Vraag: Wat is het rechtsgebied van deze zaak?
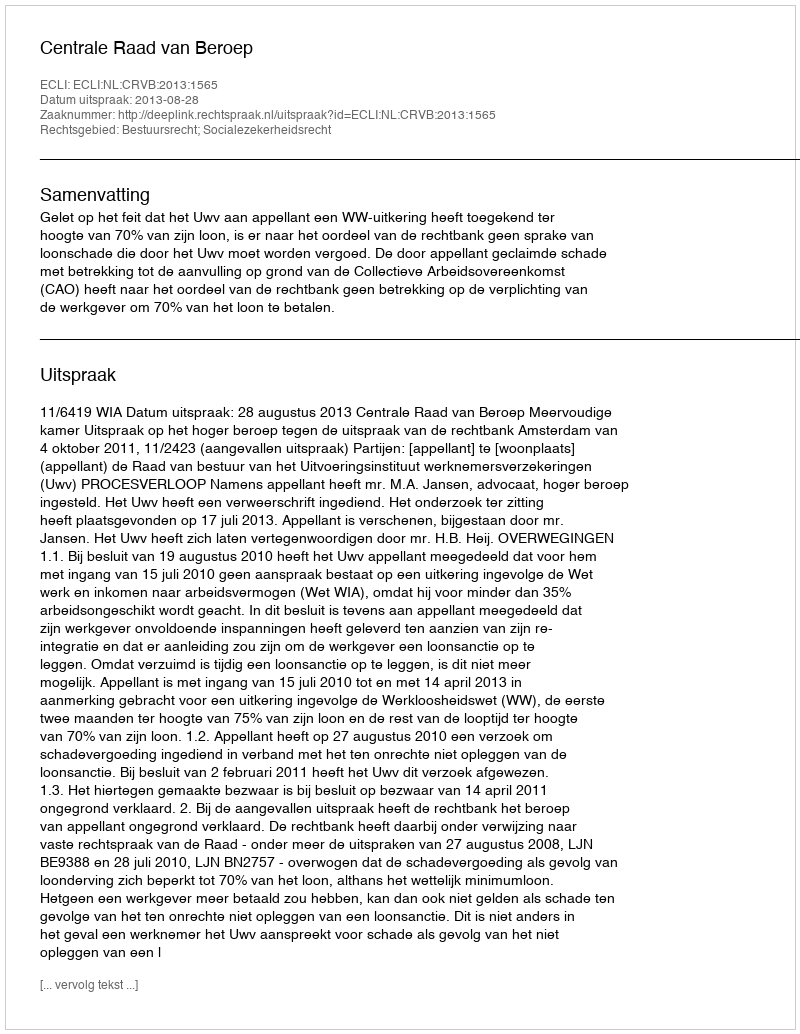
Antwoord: Bestuursrecht; Socialezekerheidsrecht